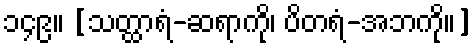
၁၄၉။ [သတ္ထာရံ-ဆရာကို၊ ပိတရံ-အဘကို။]